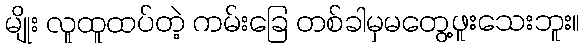
မျိုး လူထူထပ်တဲ့ ကမ်းခြေ တစ်ခါမှမတွေ့ဖူးသေးဘူး။